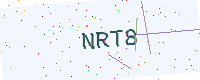
Text: NRT8